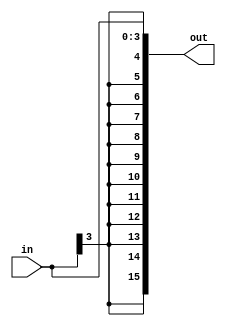
`timescale 1ns / 1ps
//////////////////////////////////////////////////////////////////////////////////
// Company: 
// Engineer: 
// 
// Design Name: 
// Module Name: signExt
// Project Name: 
// Target Devices: 
// Tool Versions: 
// Description: 
// 
// Dependencies: 
// 
// Revision:
// Revision 0.01 - File Created
// Additional Comments:
// 
//////////////////////////////////////////////////////////////////////////////////


module signExt(in, out);
input [3:0] in;
output [15:0] out;

assign out = {{12{in[3]}},in};
endmodule